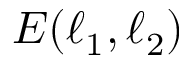
E ( \boldsymbol { \ell } _ { 1 } , \boldsymbol { \ell } _ { 2 } )